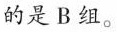
的是B组。